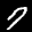
Label: 7